Senior Leaving Certificate Examination (including Day School Certificate (Higher) General paper), 1949
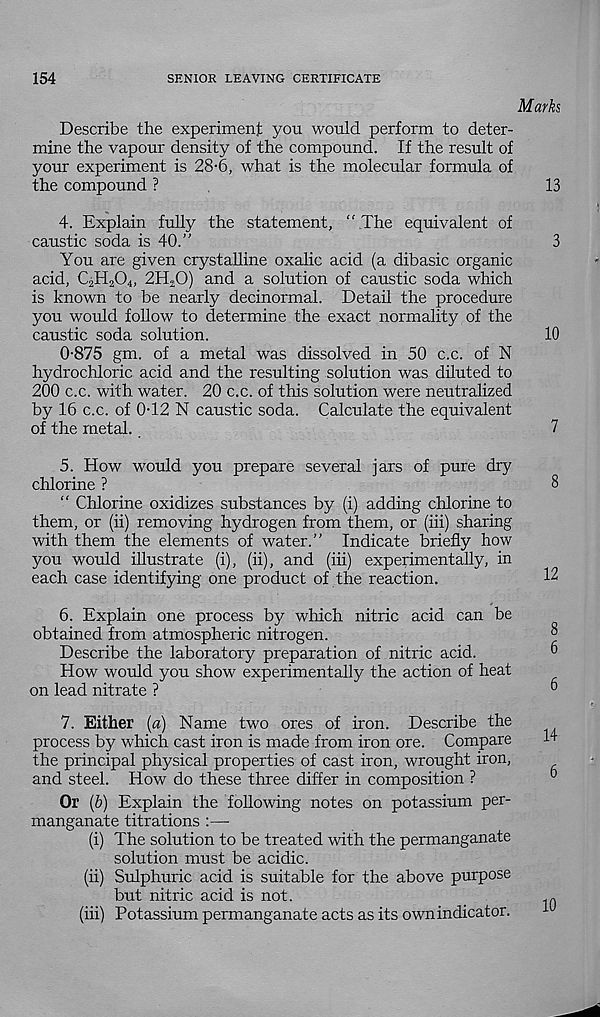
154
SENIOR LEAVING CERTIFICATE
Marks
Describe the experiment you would perform to deter-
mine the vapour density of the compound. If the result of
your experiment is 28-6, what is the molecular formula of
the compound ?
13
4. Explain fully the statement, “ The equivalent of
caustic soda is 40.”
3
You are given crystalline oxalic acid (a dibasic organic
acid, QHaCh, 2H.O) and a solution of caustic soda which
is known to be nearly decinormal. Detail the procedure
you would follow to determine the exact normality of the
caustic soda solution.
10
0-875 gm. of a metal was dissolved in 50 c.c. of N
hydrochloric acid and the resulting solution was diluted to
200 c.c. with water. 20 c.c. of this solution were neutralized
by 16 c.c. of 0-12 N caustic soda. Calculate the equivalent
of the metal.
7
5. How would you prepare several jars of pure dry
chlorine ?
8
“ Chlorine oxidizes substances by (i) adding chlorine to
them, or (ii) removing hydrogen from them, or (iii) sharing
with them the elements of water.” Indicate briefly how
you would illustrate (i), (ii), and (iii) experimentally, in
each case identifying one product of the reaction.
12
6. Explain one process by which nitric acid can be
obtained from atmospheric nitrogen.
8
Describe the laboratory preparation of nitric acid.
6
How would you show experimentally the action of heat
on lead nitrate ?
°
7. Either [a) Name two ores of iron. Describe the
process by which cast iron is made from iron ore. Compare
the principal physical properties of cast iron, wrought iron,
and steel. How do these three differ in composition ?
Or (6) Explain the following notes on potassium per-
manganate titrations :—
(i) The solution to be treated with the permanganate
solution must be acidic.
(ii) Sulphuric acid is suitable for the above purpose
but nitric acid is not.
(iii) Potassium permanganate acts as its own indicator.